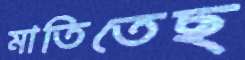
মাতিতেছ